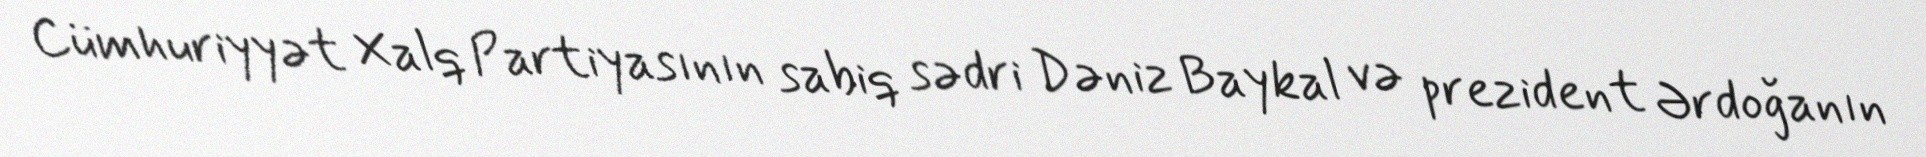
Cümhuriyyət Xalq Partiyasının sabiq sədri Dəniz Baykal və prezident Ərdoğanın